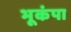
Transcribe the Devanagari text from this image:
भूकंपा